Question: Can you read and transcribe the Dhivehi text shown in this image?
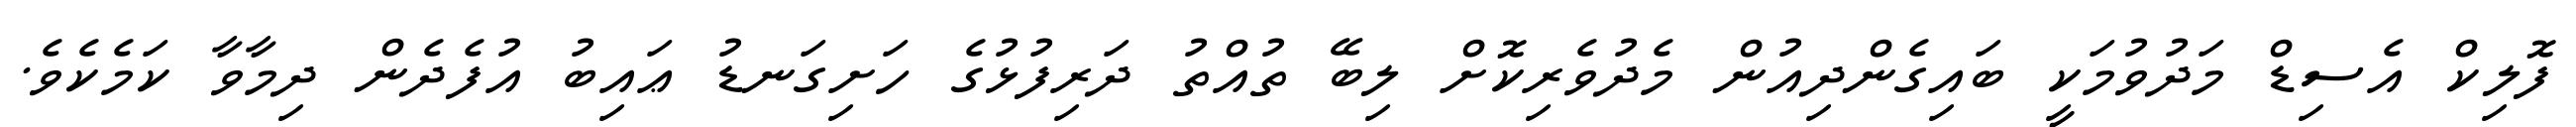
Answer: ފޮލިކް އެސިޑް މަދުވުމަކީ ބައިގެންދިއުން މެދުވެރިކޮށް ލިބޭ ތުއްތު ދަރިފުޅުގެ ހަށިގަނޑު ޢައިބު އުފެދެން ދިމާވާ ކަމެކެވެ.